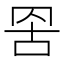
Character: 𮊁